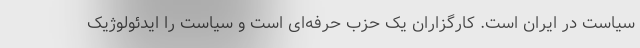
سیاست در ایران است. کارگزاران یک حزب حرفه‌ای است و سیاست را ایدئولوژیک